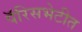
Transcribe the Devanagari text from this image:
पॅरिसभेटीत